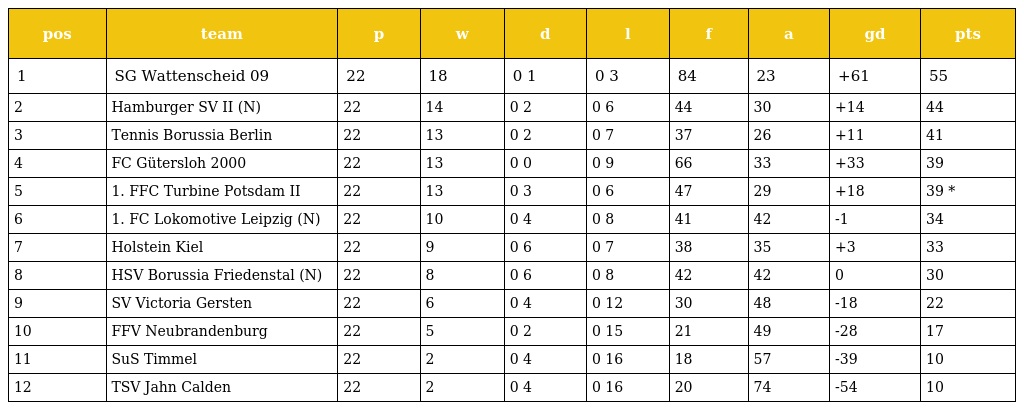
| pos | team | p | w | d | l | f | a | gd | pts |
 | --- | --- | --- | --- | --- | --- | --- | --- | --- | --- |
 | 1 | SG Wattenscheid 09 | 22 | 18 | 0 1 | 0 3 | 84 | 23 | +61 | 55 |
 | 2 | Hamburger SV II (N) | 22 | 14 | 0 2 | 0 6 | 44 | 30 | +14 | 44 |
 | 3 | Tennis Borussia Berlin | 22 | 13 | 0 2 | 0 7 | 37 | 26 | +11 | 41 |
 | 4 | FC Gütersloh 2000 | 22 | 13 | 0 0 | 0 9 | 66 | 33 | +33 | 39 |
 | 5 | 1. FFC Turbine Potsdam II | 22 | 13 | 0 3 | 0 6 | 47 | 29 | +18 | 39 * |
 | 6 | 1. FC Lokomotive Leipzig (N) | 22 | 10 | 0 4 | 0 8 | 41 | 42 | -1 | 34 |
 | 7 | Holstein Kiel | 22 | 9 | 0 6 | 0 7 | 38 | 35 | +3 | 33 |
 | 8 | HSV Borussia Friedenstal (N) | 22 | 8 | 0 6 | 0 8 | 42 | 42 | 0 | 30 |
 | 9 | SV Victoria Gersten | 22 | 6 | 0 4 | 0 12 | 30 | 48 | -18 | 22 |
 | 10 | FFV Neubrandenburg | 22 | 5 | 0 2 | 0 15 | 21 | 49 | -28 | 17 |
 | 11 | SuS Timmel | 22 | 2 | 0 4 | 0 16 | 18 | 57 | -39 | 10 |
 | 12 | TSV Jahn Calden | 22 | 2 | 0 4 | 0 16 | 20 | 74 | -54 | 10 |